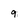
Character: 9